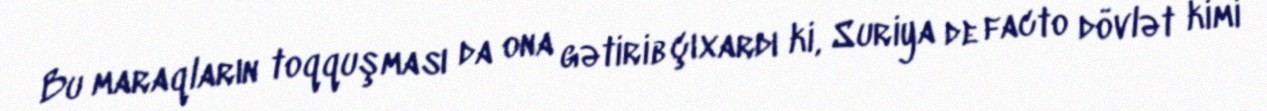
Bu maraqların toqquşması da ona gətirib çıxardı ki, Suriya de facto dövlət kimi